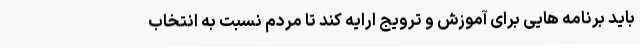
باید برنامه هایی برای آموزش و ترویج ارایه کند تا مردم نسبت به انتخاب